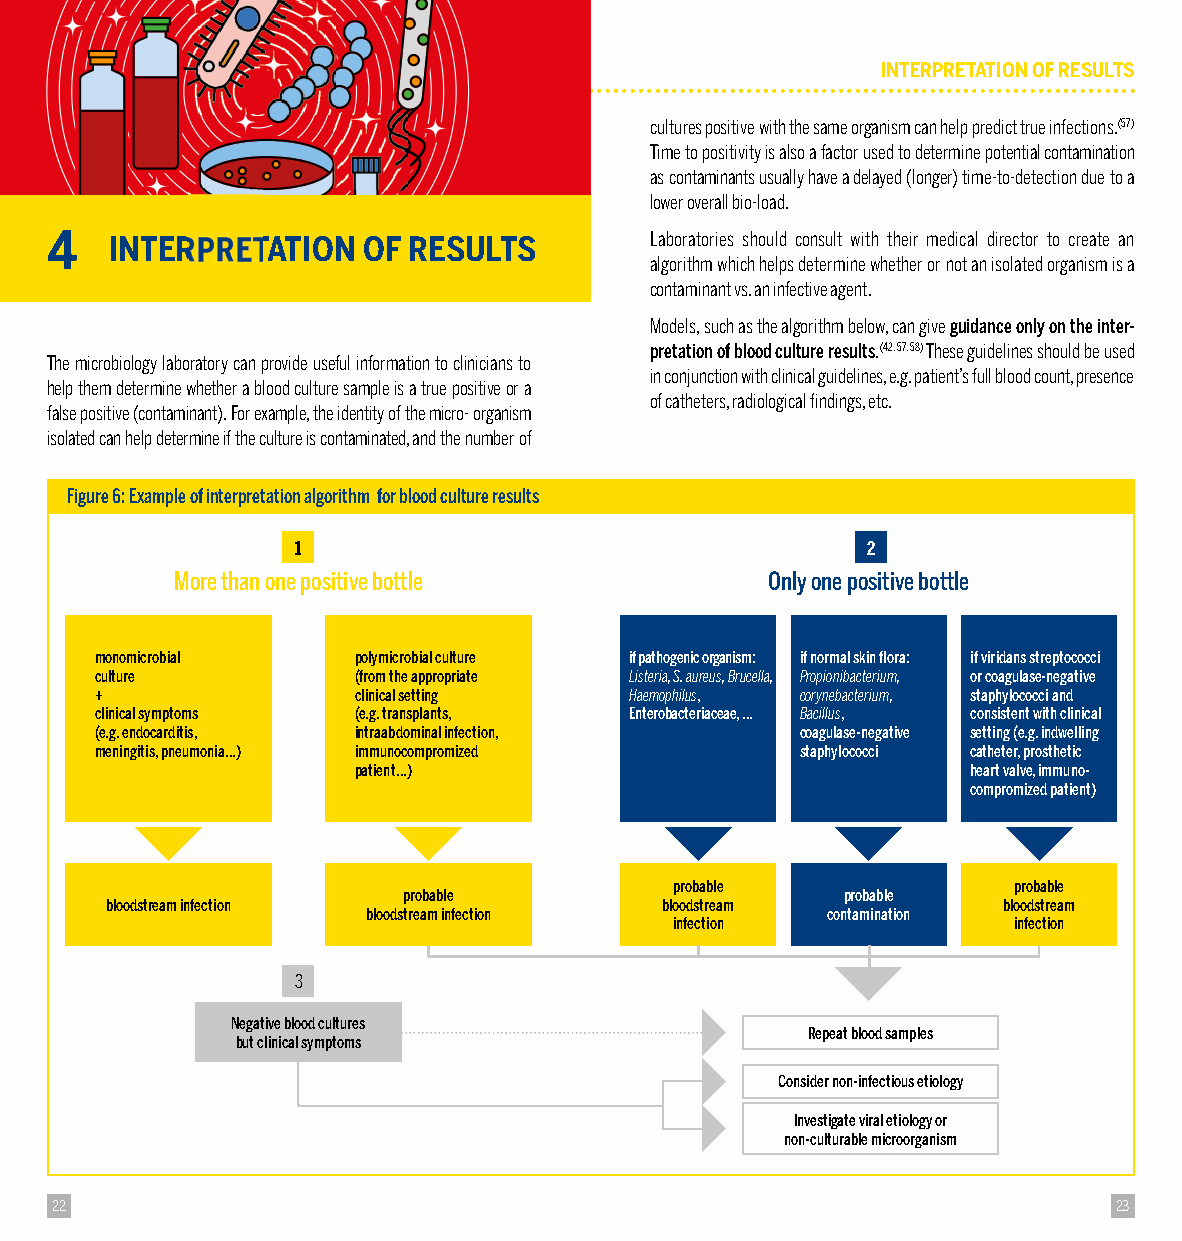
INTERPRETATION OF RESULTS
 cultures positive with the same organism can help predict true infections. (57)
 Time to positivity is also a factor used to determine potential contamination
 as contaminants usually have a delayed (longer) time-to-detection due to a
 lower overall bio-load.
 4   INTERPRETATION   OF RESULTS         Laboratories should consult with their medical director to create an
 algorithm which helps determine whether or not an isolated organism is a
 contaminant vs. an infective agent.
 Models, such as the algorithm below, can give guidance only on the inter-
 pretation of blood culture results. (42, 57, 58) These guidelines should be used
 The microbiology laboratory can provide useful information to clinicians to
 in conjunction with clinical guidelines, e.g. patient’s full blood count, presence
 help them determine whether a blood culture sample is a true positive or a
 of catheters, radiological fi ndings, etc.
 false positive (contaminant). For example, the identity of the micro- organism
 isolated can help determine if the culture is contaminated, and the number of
 Figure 6: E xample of interpretation algorithm for blood culture results
 1                                    2
 More than one positive bottle          Only one positive bottle
 monomicrobial    polymicrobial culture if pathogenic organism: if normal skin fl ora: if viridans streptococci
 culture          (from the appropriate Listeria, S. aureus, Brucella, Propionibacterium, or coagulase-negative
 +                clinical setting   Haemophilus, corynebacterium, staphylococci and
 clinical symptoms (e.g. transplants, Enterobacteriaceae, … Bacillus, consistent with clinical
 (e.g. endocarditis, intraabdominal infection,  coagulase-negative setting (e.g. indwelling
 meningitis, pneumonia…) immunocompromized      staphylococci catheter, prosthetic
 patient…)                                heart valve, immuno-
 compromized patient)
 probable              probable
 probable                     probable
 bloodstream infection                bloodstream           bloodstream
 bloodstream infection          contamination
 infection             infection
 3
 Negative blood cultures
 Repeat blood samples
 but clinical symptoms
 Consider non-infectious etiology
 Investigate viral etiology or
 non-culturable microorganism
 22                                                                     23